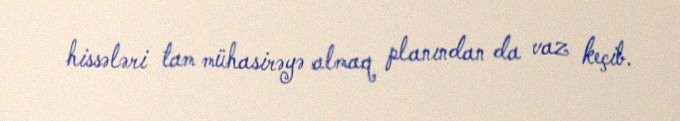
hissələri tam mühasirəyə almaq planından da vaz keçib.